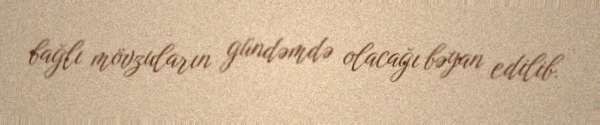
bağlı mövzuların gündəmdə olacağı bəyan edilib.